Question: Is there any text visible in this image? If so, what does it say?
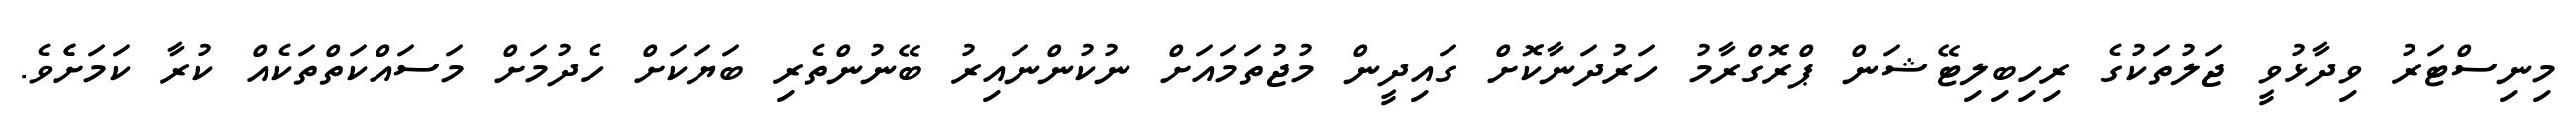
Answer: މިނިސްޓަރު ވިދާޅުވީ ޖަލުތަކުގެ ރިހިބިލިޓޭޝަން ޕްރޮގްރާމު ހަރުދަނާކޮށް ގައިދީން މުޖުތަމައަށް ނުކުންނައިރު ބޭނުންތެރި ބަޔަކަށް ހެދުމަށް މަސައްކަތްތަކެއް ކުރާ ކަމަށެެވެ.